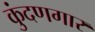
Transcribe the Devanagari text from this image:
कुंदणगार